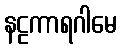
နဠကာရဂါမေ